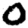
Digit: 0